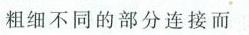
粗细不同的部分连接而